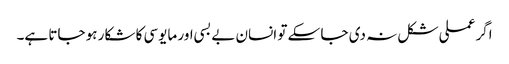
اگر عملی شکل نہ دی جا سکے تو انسان بے بسی اور مایوسی کا شکار ہو جاتا ہے۔